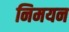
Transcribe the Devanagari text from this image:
निमयन